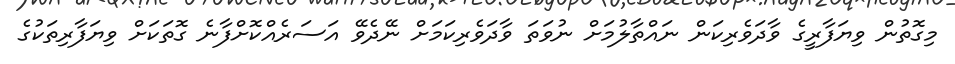
މިގޮތުން ވިޔަފާރީގެ ވާދަވެރިކަން ނައްތާލުމަށް ނުވަތަ ވާދަވެރިކަމަށް ނޭދެވޭ އަސަރެއްކޮށްފާނެ ގޮތަކަށް ވިޔަފާރިތަކުގެ